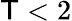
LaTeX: \mathsf{T}<2